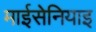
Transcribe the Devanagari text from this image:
माईसेनियाइ